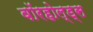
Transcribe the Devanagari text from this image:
वॉरहोल्ड्स